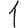
Digit: 1